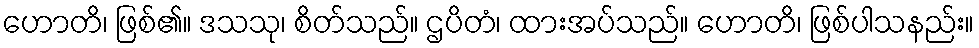
ဟောတိ၊ ဖြစ်၏။ ဒသသု၊ စိတ်သည်။ ဌပိတံ၊ ထားအပ်သည်။ ဟောတိ၊ ဖြစ်ပါသနည်း။